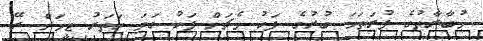
މުބާރާތުގެ ފުރަތަމަ ބުރުގެ ފަހު މެޗަށް ފަހު ގަދަ ހަތަރު ޓީމަށް ރޭ